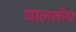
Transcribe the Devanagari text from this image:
घालतोय